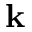
\mathbf { k }